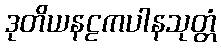
ဒုတိယနဠကပါနသုတ္တံ